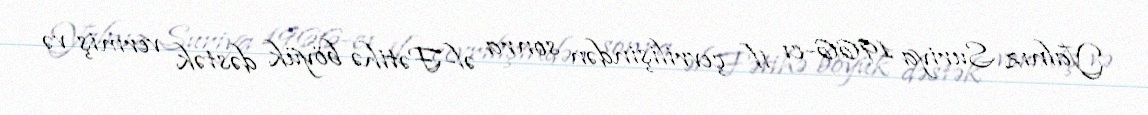
Yalnız Suriya 1966-cı il çevrilişindən sonra əl-Fətihə böyük dəstək vermiş və